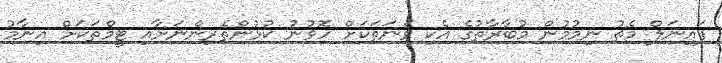
ފައިނަލް މެޗު ނިމުމުން މުބާރާތުގެ އެކި ވަނަތަކަށް ހޮވުނު ކުޅުންތެރިންނަށާއި ޓީމްތަކަށް އިނާމު